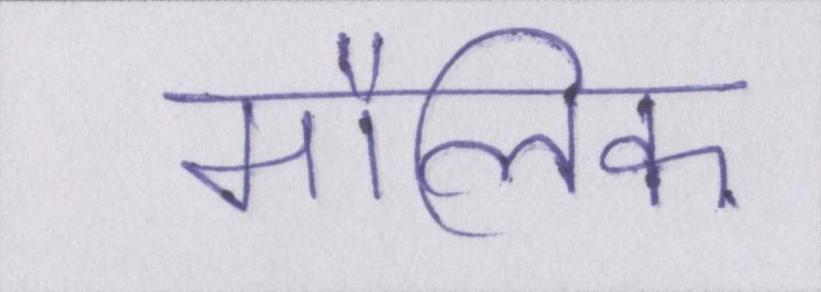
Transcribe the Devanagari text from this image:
मौलिक